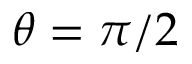
\theta = \pi / 2